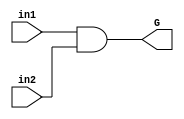
`timescale 1ns / 1ps
//////////////////////////////////////////////////////////////////////////////////
// Company: 
// Engineer: 
// 
// Design Name: 
// Module Name:    generation 
// Project Name: 
// Target Devices: 
// Tool versions: 
// Description: 
//
// Dependencies: 
//
// Revision: 
// Revision 0.01 - File Created
// Additional Comments: 
//
//////////////////////////////////////////////////////////////////////////////////
module generation(in1, in2, G);

input in1;
input in2;
output G;

assign G = (in1 &in2) ;


endmodule